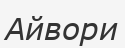
Айвори